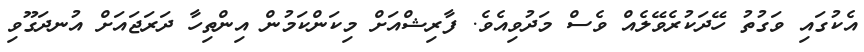
އެކުގައި ވަގުތު ހޭދަކުރެވޭލެއް ވެސް މަދުވިއެވެ. ފާރިޝްއަށް މިކަންކަމުން އިންތިހާ ދަރަޖައަށް އުނދަގޫވި